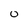
Character: o